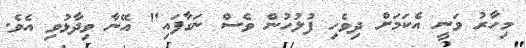
މިހާރު ވަނީ އެކަމަށް ދިވެހި ފުލުހުން ވެސް ނަގާފައި" އޭނާ ވިދާޅުވި އެވެ.